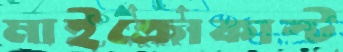
মাইক্রোকাস্ট